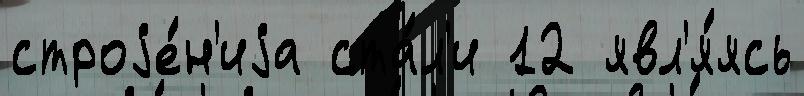
строjе́н'иjа ста́л'и 12 явл'я́ясь